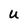
Character: U